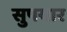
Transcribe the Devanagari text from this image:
सुपयार